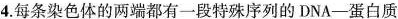
4.每条染色体的两端都有一段特殊序列的DNA-蛋白质